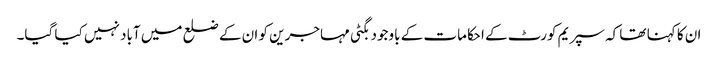
ان کا کہنا تھا کہ سپریم کورٹ کے احکامات کے باوجود بگٹی مہاجرین کو ان کے ضلع میں آباد نہیں کیا گیا۔